Indian journal of veterinary science and animal husbandry - Volumes 22-23, 1952-1953
Year: 1952
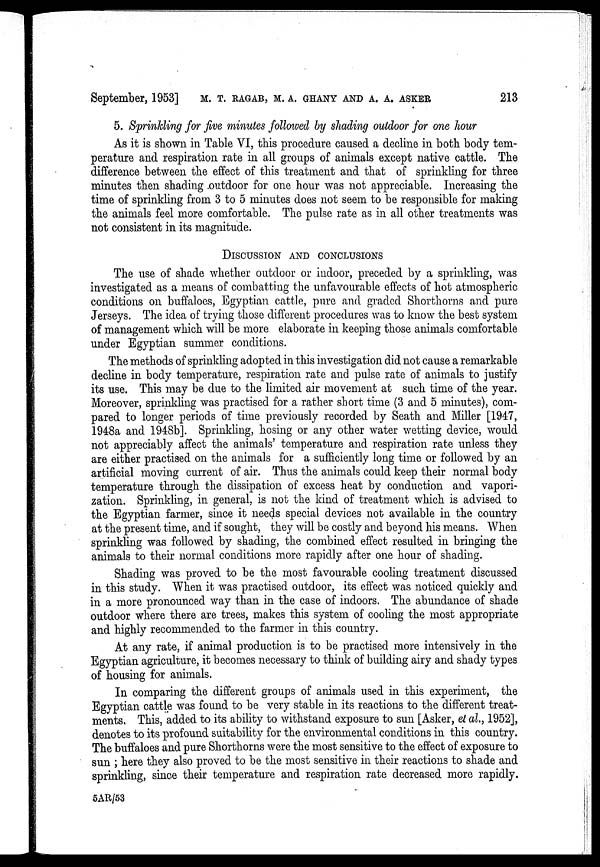
September, 1953] M.T. RAGAB, M.A. GHANY, AND A. A. ASKER 213
5. Sprinkling for five minutes followed by shading outdoor for one hour
As it is shown in Table VI, this procedure caused a decline in both body tem-
perature and respiration rate in all groups of animals except native cattle. The
difference between the effect of this treatment and that of sprinkling for three
minutes then shading outdoor for one hour was not appreciable. Increasing the
time of sprinkling from 3 to 5 minutes does not seem to be responsible for making
the animals feel more comfortable. The pulse rate as in all other treatments was
not consistent in its magnitude.
DISCUSSION AND CONCLUSIONS
The use of shade whether outdoor or indoor, preceded by a sprinkling, was
investigated as a means of combatting the unfavourable effects of hot atmospheric
conditions on buffaloes, Egyptian cattle, pure and graded Shorthorns and pure
Jerseys. The idea of trying those different procedures was to know the best system
of management which will be more elaborate in keeping those animals comfortable
under Egyptian summer conditions.
The methods of sprinkling adopted in this investigation did not cause a remarkable
decline in body temperature, respiration rate and pulse rate of animals to justify
its use. This may be due to the limited air movement at such time of the year.
Moreover, sprinkling was practised for a rather short time (3 and 5 minutes), com-
pared to longer periods of time previously recorded by Seath and Miller [1947,
1948a and 1948b]. Sprinkling, hosing or any other water wetting device, would
not appreciably affect the animals' temperature and respiration rate unless they
are either practised on the animals for a sufficiently long time or followed by an
artificial moving current of air. Thus the animals could keep their normal body
temperature through the dissipation of excess heat by conduction and vapori-
zation. Sprinkling, in general, is not the kind of treatment which is advised to
the Egyptian farmer, since it needs special devices not available in the country
at the present time, and if sought, they will be costly and beyond his means. When
sprinkling was followed by shading, the combined effect resulted in bringing the
animals to their normal conditions more rapidly after one hour of shading.
Shading was proved to be the most favourable cooling treatment discussed
in this study. When it was practised outdoor, its effect was noticed quickly and
in a more pronounced way than in the case of indoors. The abundance of shade
outdoor where there are trees, makes this system of cooling the most appropriate
and highly recommended to the farmer in this country.
At any rate, if animal production is to be practised more intensively in the
Egyptian agriculture, it becomes necessary to think of building airy and shady types
of housing for animals.
In comparing the different groups of animals used in this experiment, the
Egyptian cattle was found to be very stable in its reactions to the different treat-
ments. This, added to its ability to withstand exposure to sun [Asker, et al., 1952],
denotes to its profound suitability for the environmental conditions in this country.
The buffaloes and pure Shorthorns were the most sensitive to the effect of exposure to
sun ; here they also proved to be the most sensitive in their reactions to shade and
sprinkling, since their temperature and respiration rate decreased more rapidly.
5AR/53